Elephants and their diseases
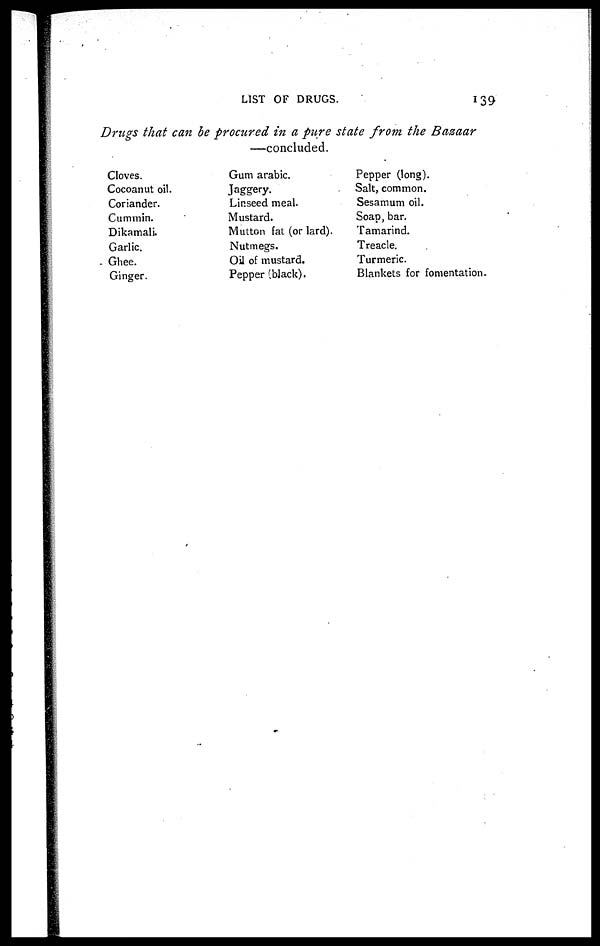
LIST OF DRUGS.
139
Drugs that can be procured in a pure state from the Bazaar
—concluded.
Cloves.
Cocoanut oil.
Coriander.
Cummin.
Dikamali.
Garlic.
Ghee.
Ginger.
Gum arabic.
Jaggery.
Linseed meal.
Mustard.
Mutton fat (or lard).
Nutmegs.
Oil of mustard.
Pepper (black).
Pepper (long).
Salt, common.
Sesamum oil.
Soap, bar.
Tamarind.
Treacle.
Turmeric.
Blankets for fomentation.